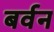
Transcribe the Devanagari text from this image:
बर्वन